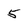
Character: 5